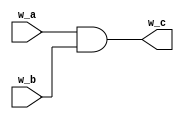
module m_AND_gate(w_a, w_b, w_c);
  input wire w_a, w_b;
  output wire w_c;
  assign w_c = w_a & w_b;
endmodule